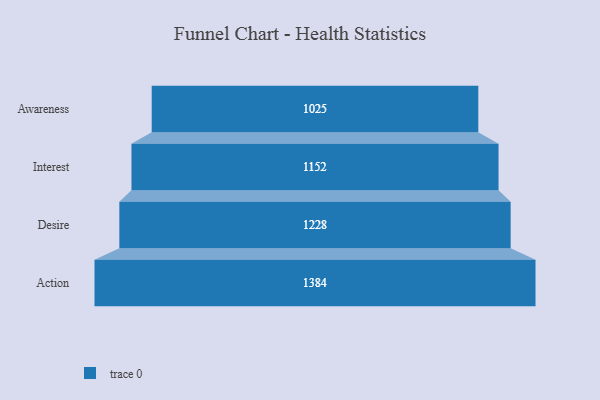
{"axis": {"x": "Stage", "y": "Value"}, "legend": [""], "data": [{"x": "Awareness", "y": 1025.0, "type": ""}, {"x": "Interest", "y": 1152.0, "type": ""}, {"x": "Desire", "y": 1228.0, "type": ""}, {"x": "Action", "y": 1384.0, "type": ""}]}